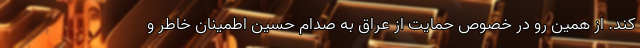
کند. از همین رو در خصوص حمایت از عراق به صدام حسین اطمینان خاطر و